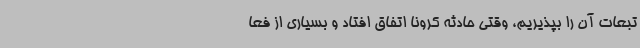
تبعات آن را بپذیریم، وقتی حادثه کرونا اتفاق افتاد و بسیاری از فعا